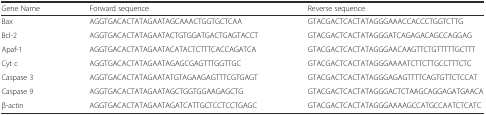
<table><thead><tr><td><b>Gene Name</b></td><td><b>Forward sequence</b></td><td><b>Reverse sequence</b></td></tr></thead><tbody><tr><td>Bax</td><td>AGGTGACACTATAGAATAGCAAACTGGTGCTCAA</td><td>GTACGACTCACTATAGGGAAACCACCCTGGTCTTG</td></tr><tr><td>Bcl-2</td><td>AGGTGACACTATAGAATACTGTGGATGACTGAGTACCT</td><td>GTACGACTCACTATAGGGATCAGAGACAGCCAGGAG</td></tr><tr><td>Apaf-1</td><td>AGGTGACACTATAGAATACATACTCTTTCACCAGATCA</td><td>GTACGACTCACTATAGGGAACAAGTTCTGTTTTTGCTTT</td></tr><tr><td>Cyt c</td><td>AGGTGACACTATAGAATAGAGCGAGTTTGGTTGC</td><td>GTACGACTCACTATAGGGAAAATCTTCTTGCCTTTCTC</td></tr><tr><td>Caspase 3</td><td>AGGTGACACTATAGAATATGTAGAAGAGTTTCGTGAGT</td><td>GTACGACTCACTATAGGGAGAGTTTTCAGTGTTCTCCAT</td></tr><tr><td>Caspase 9</td><td>AGGTGACACTATAGAATAGCTGGTGGAAGAGCTG</td><td>GTACGACTCACTATAGGGACTCTAAGCAGGAGATGAACA</td></tr><tr><td>β-actin</td><td>AGGTGACACTATAGAATAGATCATTGCTCCTCCTGAGC</td><td>GTACGACTCACTATAGGGAAAAGCCATGCCAATCTCATC</td></tr></tbody></table>